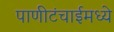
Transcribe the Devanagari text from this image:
पाणीटंचाईमध्ये